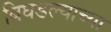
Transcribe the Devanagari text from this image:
बिघडल्याच्या